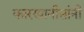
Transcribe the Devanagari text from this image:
कारखानीसांनी